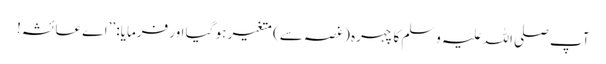
آپ صلی اللہ علیہ وسلم کا چہرہ (غصہ سے) متغیر ہو گیا اور فرمایا: ’’اے عائشہ!